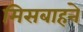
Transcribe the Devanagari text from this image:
मिसबाहने